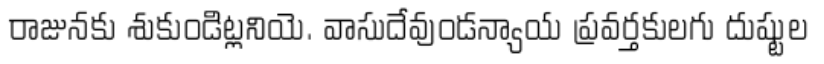
రాజునకు శుకుండిట్లనియె. వాసుదేవుండన్యాయ ప్రవర్తకులగు దుష్టుల